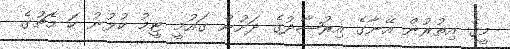
މީގެ އިތުރުން އޭނާގެ އިރުޝާދުގެ ދަށުން ގައުމީ ޓީމު ކުޅުނު ހަ މެޗުގެ